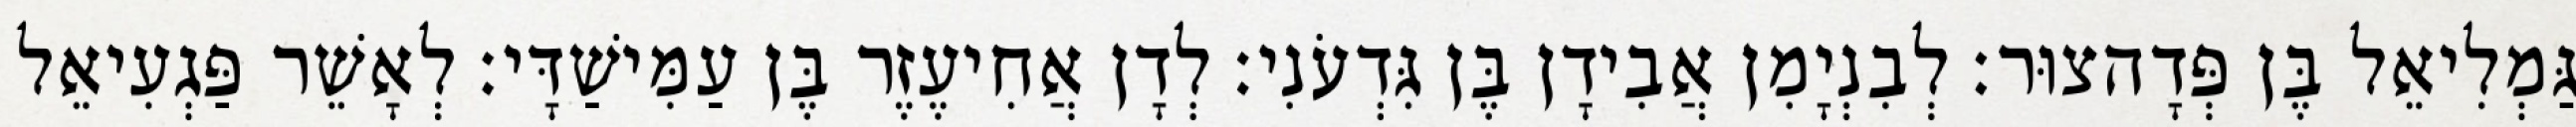
גַּמְלִיאֵל בֶּן פְּדָהצוּר׃ לְבִנְיָמִן אֲבִידָן בֶּן גִּדְעֹנִי׃ לְדָן אֲחִיעֶזֶר בֶּן עַמִּישַׁדָּי׃ לְאָשֵׁר פַּגְעִיאֵל